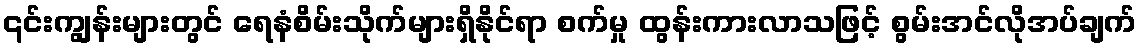
၎င်းကျွန်းများတွင် ရေနံစိမ်းသိုက်များရှိနိုင်ရာ စက်မှု ထွန်းကားလာသဖြင့် စွမ်းအင်လိုအပ်ချက်